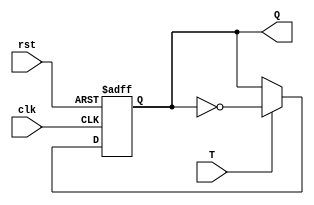
`timescale 1ns / 1ps
//////////////////////////////////////////////////////////////////////////////////
// Company: 
// Engineer: 
// 
// Design Name: 
// Module Name: TFF
// Project Name: 
// Target Devices: 
// Tool Versions: 
// Description: 
// 
// Dependencies: 
// 
// Revision:
// Revision 0.01 - File Created
// Additional Comments:
// 
//////////////////////////////////////////////////////////////////////////////////


module TFF(Q,T,clk,rst);

input T,clk,rst;
output reg Q;

always @ (posedge clk or posedge rst)
begin
    if (rst)
        Q = 1'b0;
    else
        begin
            if (T)
            Q = ~Q;
            else
            Q = Q;
        end
end
endmodule